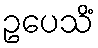
ဥပေသိံ